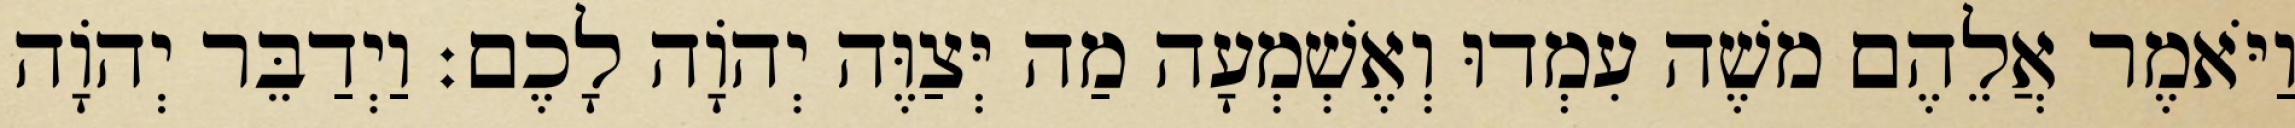
וַיֹּאמֶר אֲלֵהֶם משֶׁה עִמְדוּ וְאֶשְׁמְעָה מַה יְּצַוֶּה יְהוָֹה לָכֶם׃ וַיְדַבֵּר יְהוָֹה